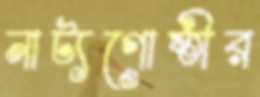
নাট্যগোষ্ঠীর